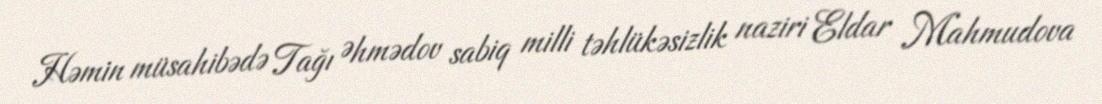
Həmin müsahibədə Tağı Əhmədov sabiq milli təhlükəsizlik naziri Eldar Mahmudova